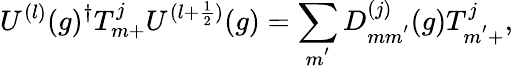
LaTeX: U^{(l)}(g)^{\dagger}T_{m+}^{j}U^{(l+\frac{1}{2})}(g)=\sum_{m^{'}}D_{mm^{'}}^{(j)}(g)T_{m^{'}+}^{j},